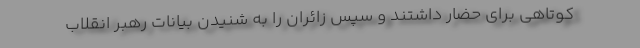
کوتاهی برای حضار داشتند و سپس زائران را به شنیدن بیانات رهبر انقلاب